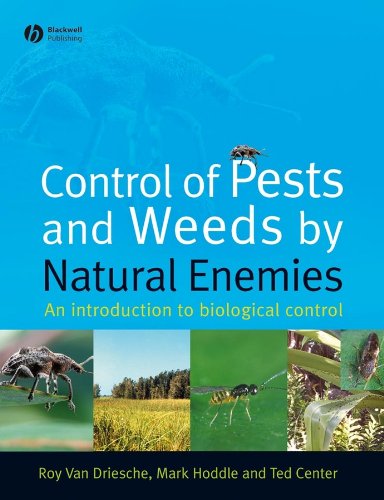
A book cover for Control of Pests and Weeds by Natural Enemies: An Introduction to Biological Control; Roy van Driesche; Crafts, Hobbies & Home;